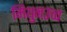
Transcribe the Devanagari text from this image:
मिथुनउच्च